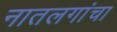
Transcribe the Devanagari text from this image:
नातलगांचा